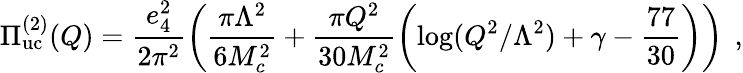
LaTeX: \Pi_{\mathrm{uc}}^{(2)}(Q)=\frac{e_{4}^{2}}{2\pi^{2}}\left(\frac{\pi\Lambda^{2}}{6M_{c}^{2}}+\frac{\pi Q^{2}}{30M_{c}^{2}}\left(\log(Q^{2}/\Lambda^{2})+\gamma-\frac{77}{30}\right)\right)\, ~,